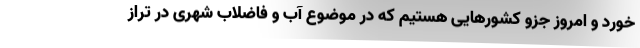
خورد و امروز جزو کشورهایی هستیم که در موضوع آب و فاضلاب شهری در تراز